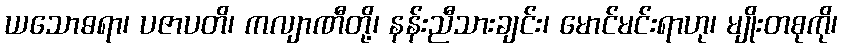
ယသောဓရာ၊ ပဇာပတိ၊ ကလျာဏီတို့၊ နန်းညီသားချင်း၊ မောင်မင်းရာဟု၊ မျိုးတစုကို၊